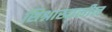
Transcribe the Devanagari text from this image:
शिश्नाखालील